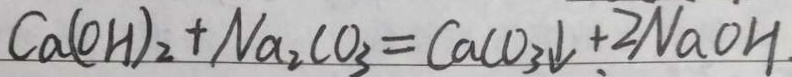
C a ( O H ) _ { 2 } + N a _ { 2 } C O _ { 3 } = C a C O _ { 3 } \downarrow + 2 N a O H .